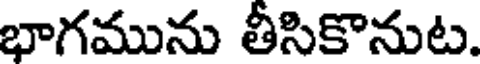
భాగమును తీసికొనుట.